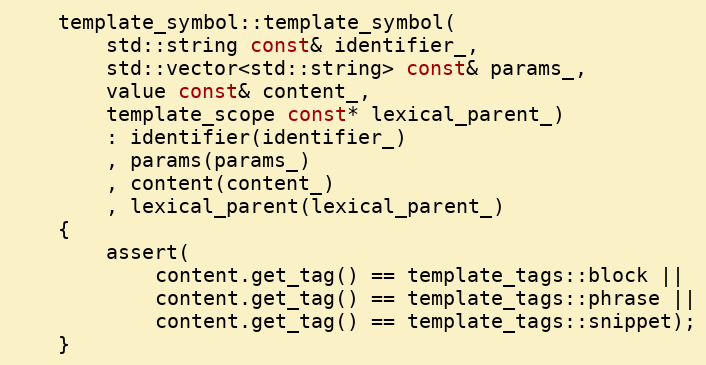
Language: C++
    template_symbol::template_symbol(
        std::string const& identifier_,
        std::vector<std::string> const& params_,
        value const& content_,
        template_scope const* lexical_parent_)
        : identifier(identifier_)
        , params(params_)
        , content(content_)
        , lexical_parent(lexical_parent_)
    {
        assert(
            content.get_tag() == template_tags::block ||
            content.get_tag() == template_tags::phrase ||
            content.get_tag() == template_tags::snippet);
    }